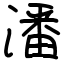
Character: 潘